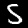
Digit: 5